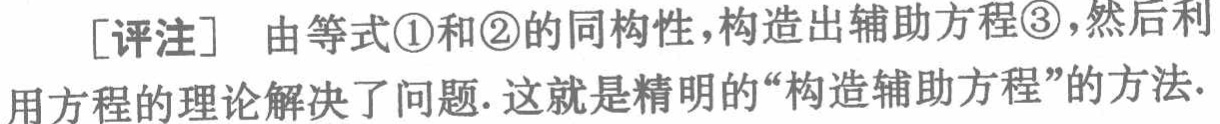
[评注] 由等式\textcircled{1}和\textcircled{2}的同构性，构造出辅助方程\textcircled{3}，然后利用方程的理论解决了问题. 这就是精明的“构造辅助方程”的方法.